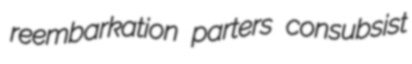
reembarkation parters consubsist